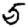
Digit: 5